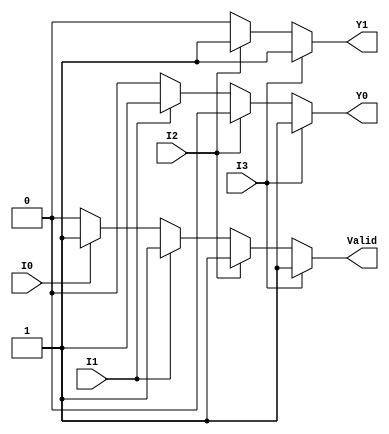
module priority_encoder_4to2 (
    input I3,  // Highest priority input
    input I2,  // Second highest priority input
    input I1,  // Third highest priority input
    input I0,  // Lowest priority input
    output reg Y1, // First output bit
    output reg Y0, // Second output bit
    output reg Valid // Indicator if any input is active
);
    
    always @(*) begin
        // Default outputs
        Y1 = 0;
        Y0 = 0;
        Valid = 0;
        
        // Check the inputs in order of priority
        if (I3) begin
            Y1 = 1;   
            Y0 = 1;   
            Valid = 1; // At least one input is active
        end
        else if (I2) begin
            Y1 = 1;   
            Y0 = 0;   
            Valid = 1;
        end
        else if (I1) begin
            Y1 = 0;   
            Y0 = 1;   
            Valid = 1;
        end
        else if (I0) begin
            Y1 = 0;   
            Y0 = 0;   
            Valid = 1;
        end
        else begin
            Valid = 0; // No inputs are active
        end
    end
    
endmodule